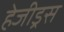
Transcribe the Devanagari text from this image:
हेजीड्रस